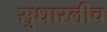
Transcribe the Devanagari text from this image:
सुधारलीच